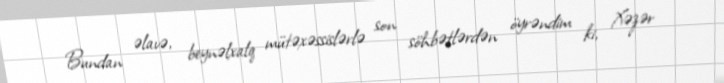
Bundan əlavə, beynəlxalq mütəxəssislərlə son söhbətlərdən öyrəndim ki, Xəzər